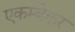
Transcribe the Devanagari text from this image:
एकम्बेकर